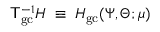
{ \sf T } _ { \mathrm { g c } } ^ { - 1 } H \; \equiv \; H _ { \mathrm { g c } } ( \Psi , \Theta ; \mu )